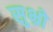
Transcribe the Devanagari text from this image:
सुभ्रो